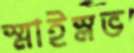
স্মাইস্লভ